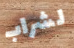
لشراب